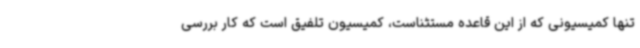
تنها کمیسیونی که از این قاعده مستثناست، کمیسیون تلفیق است که کار بررسی